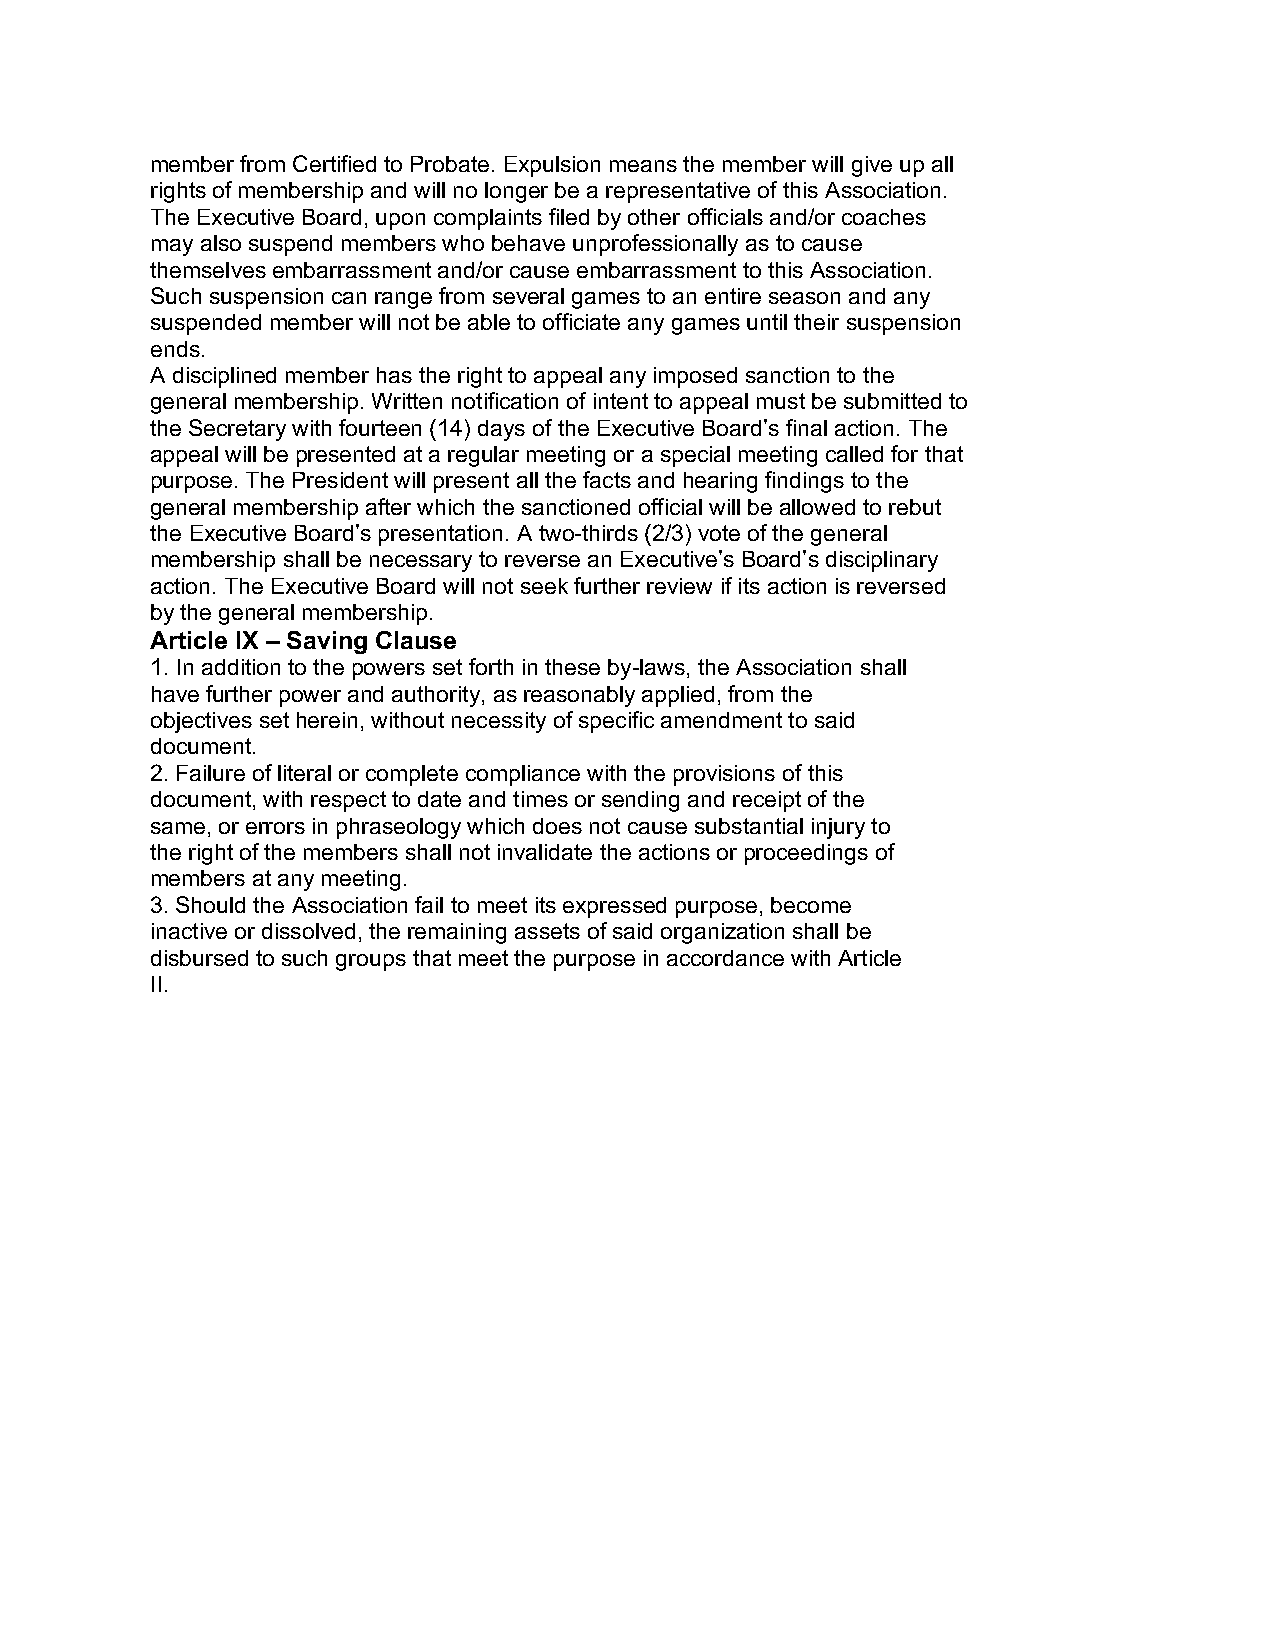
member from Certified to Probate. Expulsion means the member will give up all
 rights of membership and will no longer be a representative of this Association.
 The Executive Board, upon complaints filed by other officials and/or coaches
 may also suspend members who behave unprofessionally as to cause
 themselves embarrassment and/or cause embarrassment to this Association.
 Such suspension can range from several games to an entire season and any
 suspended member will not be able to officiate any games until their suspension
 ends.
 A disciplined member has the right to appeal any imposed sanction to the
 general membership. Written notification of intent to appeal must be submitted to
 the Secretary with fourteen (14) days of the Executive Board’s final action. The
 appeal will be presented at a regular meeting or a special meeting called for that
 purpose. The President will present all the facts and hearing findings to the
 general membership after which the sanctioned official will be allowed to rebut
 the Executive Board’s presentation. A two-thirds (2/3) vote of the general
 membership shall be necessary to reverse an Executive’s Board’s disciplinary
 action. The Executive Board will not seek further review if its action is reversed
 by the general membership.
 Article IX – Saving Clause
 1. In addition to the powers set forth in these by-laws, the Association shall
 have further power and authority, as reasonably applied, from the
 objectives set herein, without necessity of specific amendment to said
 document.
 2. Failure of literal or complete compliance with the provisions of this
 document, with respect to date and times or sending and receipt of the
 same, or errors in phraseology which does not cause substantial injury to
 the right of the members shall not invalidate the actions or proceedings of
 members at any meeting.
 3. Should the Association fail to meet its expressed purpose, become
 inactive or dissolved, the remaining assets of said organization shall be
 disbursed to such groups that meet the purpose in accordance with Article
 II.